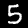
Digit: 5